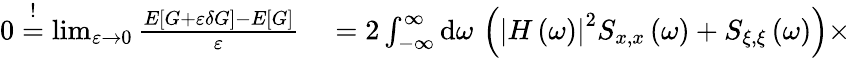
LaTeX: \begin{array}{rl}{0\stackrel{!}{=}\operatorname*{lim}_{\varepsilon\to 0}\frac{E\left[G+\varepsilon\delta G\right]-E\left[G\right]}{\varepsilon}}&{{}=2\int_{-\infty}^{\infty}\mathrm{d}\omega\, \left(\left|H\left(\omega\right)\right|^{2}S_{x,x}\left(\omega\right)+S_{\xi,\xi}\left(\omega\right)\right)\times}\end{array}